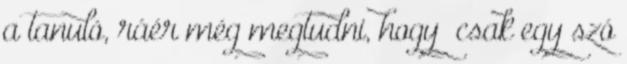
a tanuló, ráér még megtudni, hogy „csak egy szó